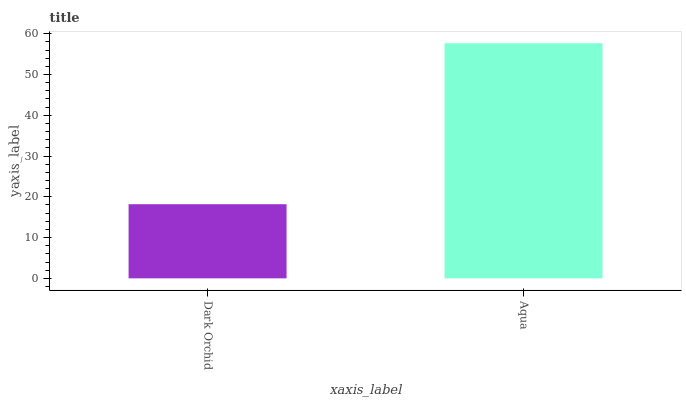
| xaxis_label | bars |
 | --- | --- |
 | Dark Orchid | 18.2 |
 | Aqua | 57.7 |